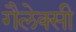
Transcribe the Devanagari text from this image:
गैलेक्‍सी